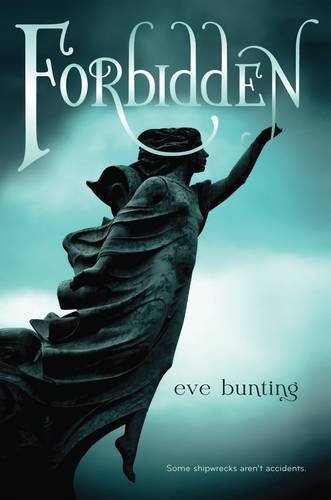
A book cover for Forbidden; Eve Bunting; Teen & Young Adult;